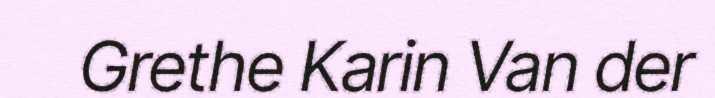
Grethe Karin Van der